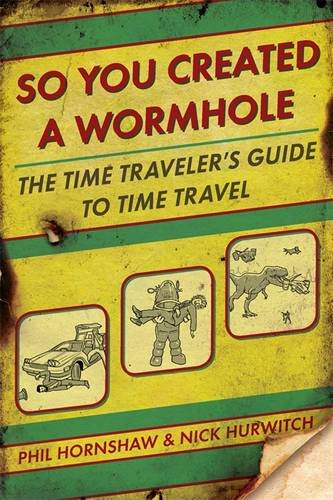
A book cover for So You Created a Wormhole: The Time Traveler's Guide to Time Travel; Phil Hornshaw; Humor & Entertainment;